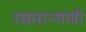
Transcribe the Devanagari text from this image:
रसतरन्गणी